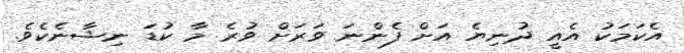
އެކަަމަކު އެއީ ދުނިޔެ އަށް ފެންނަ ވަރަށް ވުރެ މާ ކުޑަ ނިޝާނެކެވެ.